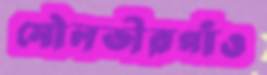
মৌলভীরগাঁও